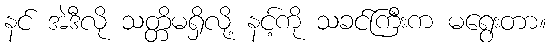
နင် အဲဒီလို သတ္တိမရှိလို့ နင့်ကို သခင်ကြီးက မရွေးတာ။